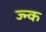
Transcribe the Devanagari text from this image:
ज्न्क